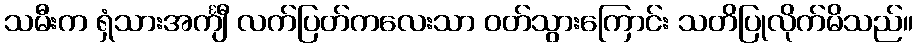
သမီးက ရှံသားအင်္ကျီ လက်ပြတ်ကလေးသာ ဝတ်သွားကြောင်း သတိပြုလိုက်မိသည်။